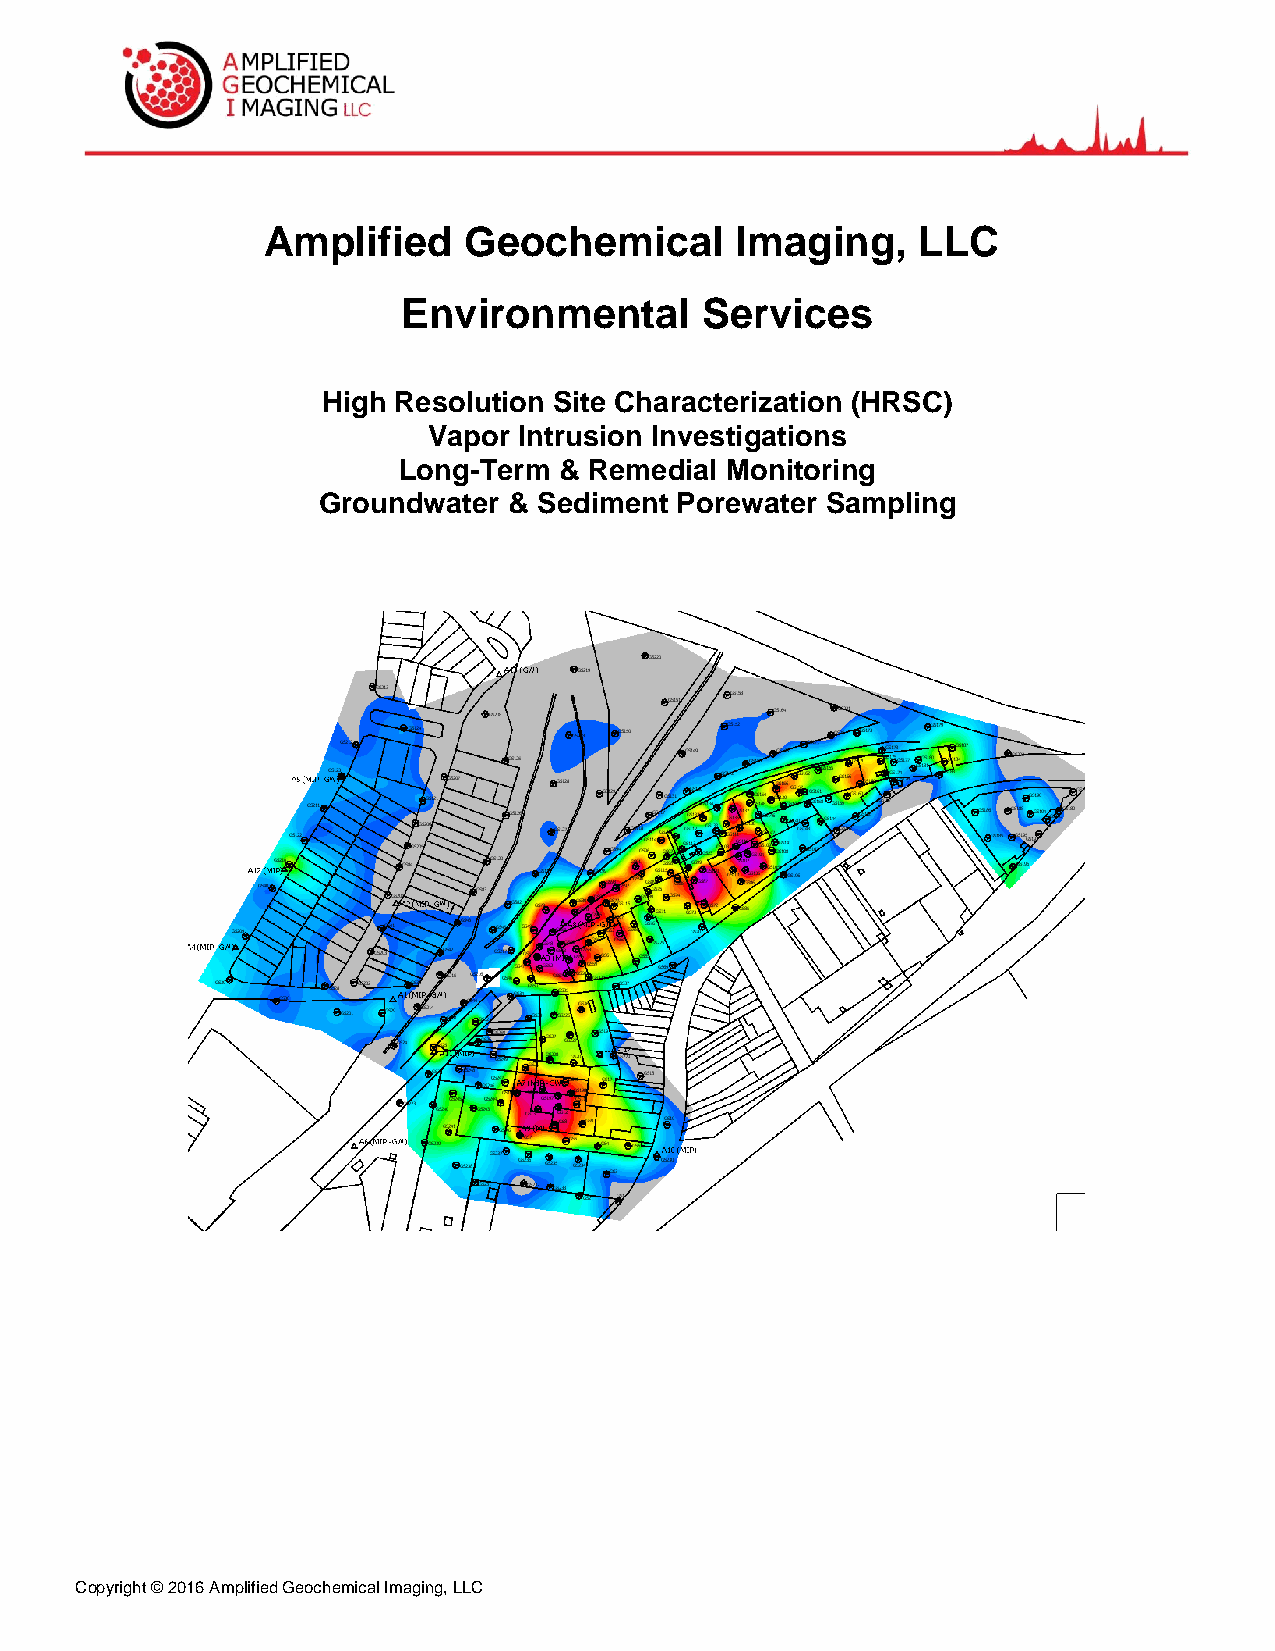
Amplified     Geochemical       Imaging,    LLC
 Environmental      Services
 High Resolution Site Characterization (HRSC)
 Vapor Intrusion Investigations
 Long-Term  & Remedial Monitoring
 Groundwater  & Sediment Porewater Sampling
 Copyright © 2016 Amplified Geochemical Imaging, LLC